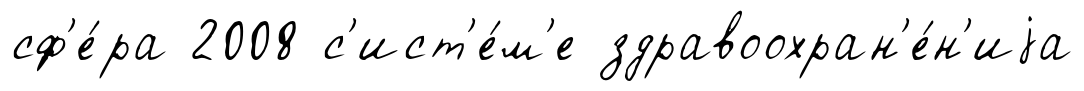
сф'е́ра 2008 с'ист'е́м'е здравоохран'е́н'иjа